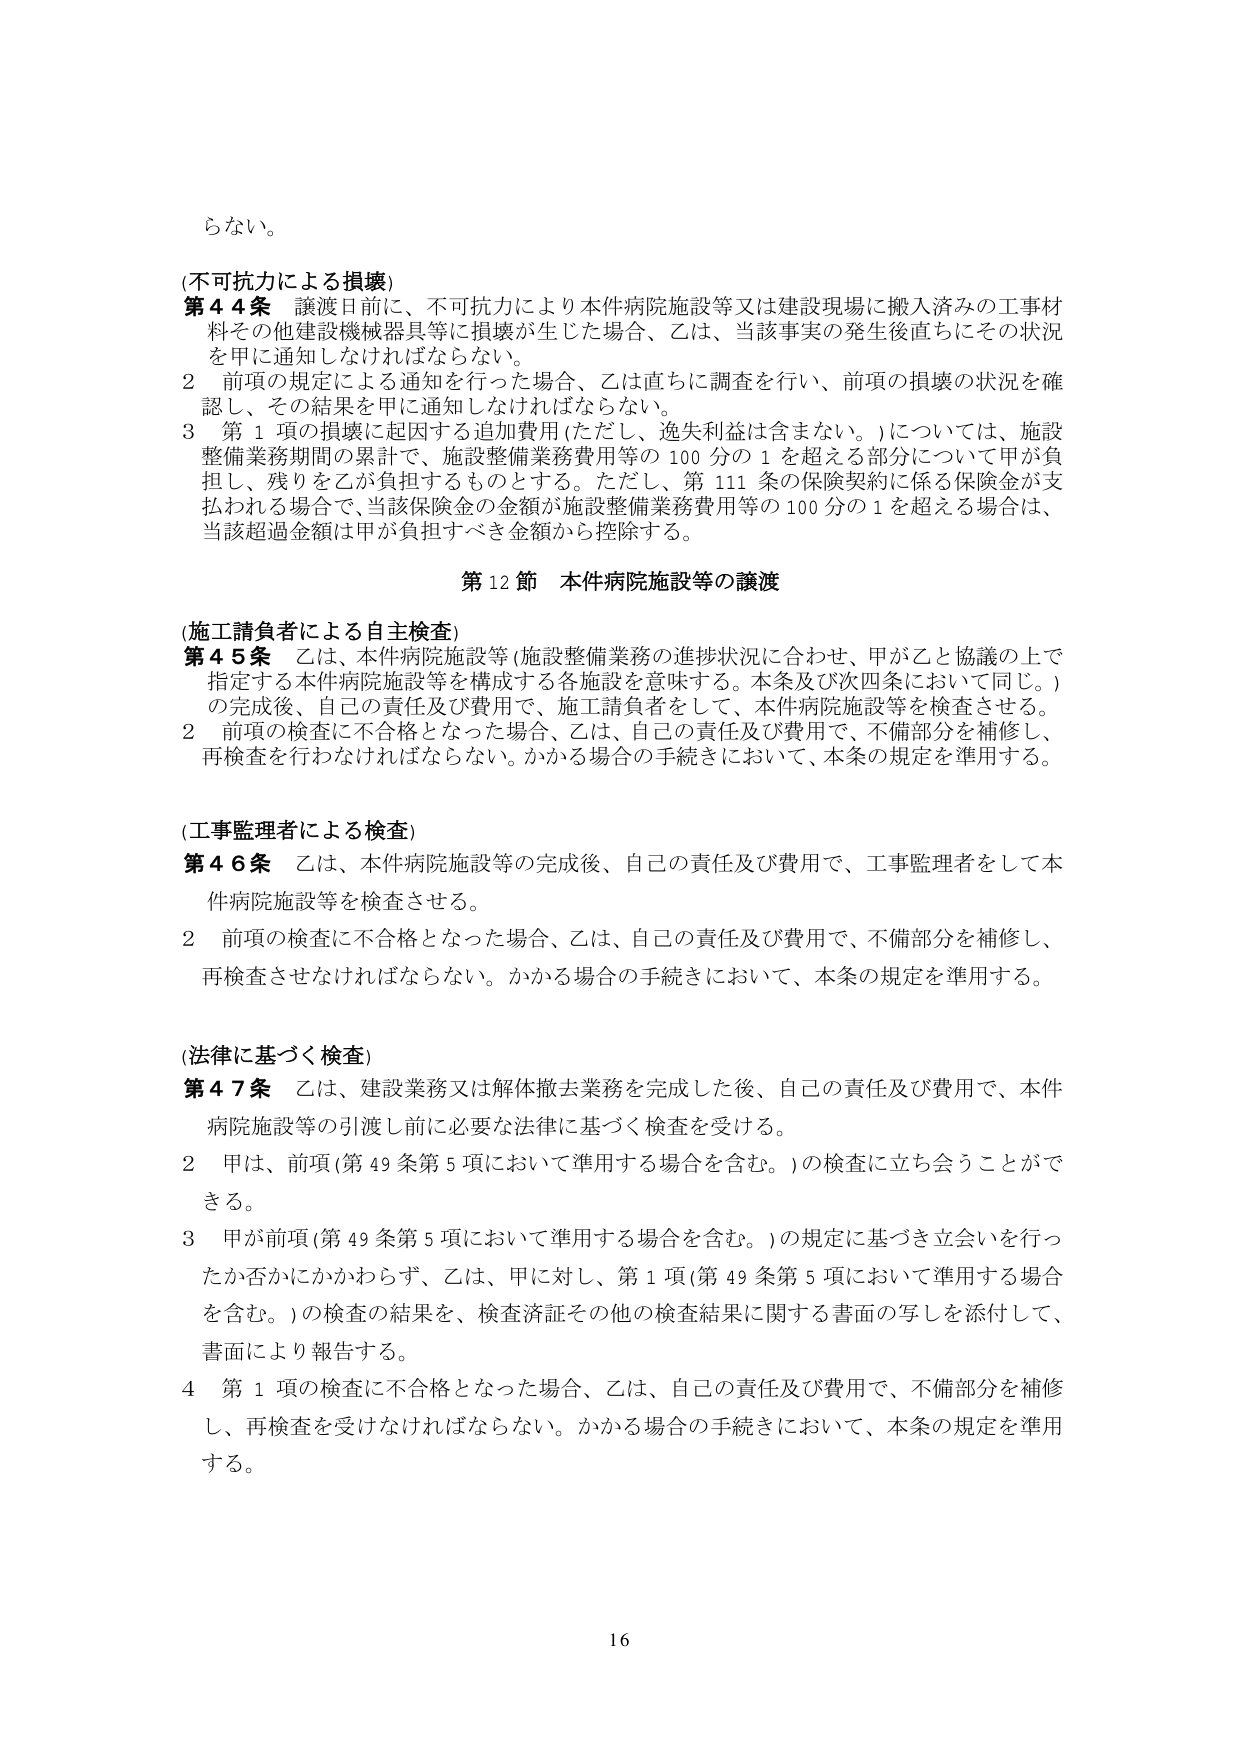
らない。

(不可抗力による損壊)
第44条 譲渡日前に、不可抗力により本件病院施設等又は建設現場に搬入済みの工事材料その他建設機械器具等に損壊が生じた場合、乙は、当該事実の発生後直ちにその状況を甲に通知しなければならない。
2 前項の規定による通知を行った場合、乙は直ちに調査を行い、前項の損壊の状況を確認し、その結果を甲に通知しなければならない。
3 第1項の損壊に起因する追加費用(ただし、逸失利益は含まない。)については、施設整備業務期間の累計で、施設整備業務費用等の100分の1を超える部分について甲が負担し、残りを乙が負担するものとする。ただし、第111条の保険契約に係る保険金が支払われる場合で、当該保険金の金額が施設整備業務費用等の100分の1を超える場合は、当該超過金額は甲が負担すべき金額から控除する。

第12節 本件病院施設等の譲渡

(施工請負者による自主検査)
第45条 乙は、本件病院施設等(施設整備業務の進捗状況に合わせ、甲が乙と協議の上で指定する本件病院施設等を構成する各施設を意味する。本条及び次四条において同じ。)の完成後、自己の責任及び費用で、施工請負者として、本件病院施設等を検査させる。
2 前項の検査に不合格となった場合、乙は、自己の責任及び費用で、不備部分を補修し、再検査を行わなければならない。かかる場合の手続きにおいて、本条の規定を準用する。

(工事監理者による検査)
第46条 乙は、本件病院施設等の完成後、自己の責任及び費用で、工事監理者として本件病院施設等を検査させる。
2 前項の検査に不合格となった場合、乙は、自己の責任及び費用で、不備部分を補修し、再検査させなければならない。かかる場合の手続きにおいて、本条の規定を準用する。

(法律に基づく検査)
第47条 乙は、建設業務又は解体撤去業務を完成した後、自己の責任及び費用で、本件病院施設等の引渡し前に必要な法律に基づく検査を受ける。
2 甲は、前項(第49条第5項において準用する場合を含む。)の検査に立ち会うことができる。
3 甲が前項(第49条第5項において準用する場合を含む。)の規定に基づき立会いを行ったか否かにかかわらず、乙は、甲に対し、第1項(第49条第5項において準用する場合を含む。)の検査の結果を、検査済証その他の検査結果に関する書面の写しを添付して、書面により報告する。
4 第1項の検査に不合格となった場合、乙は、自己の責任及び費用で、不備部分を補修し、再検査を受けなければならない。かかる場合の手続きにおいて、本条の規定を準用する。

16